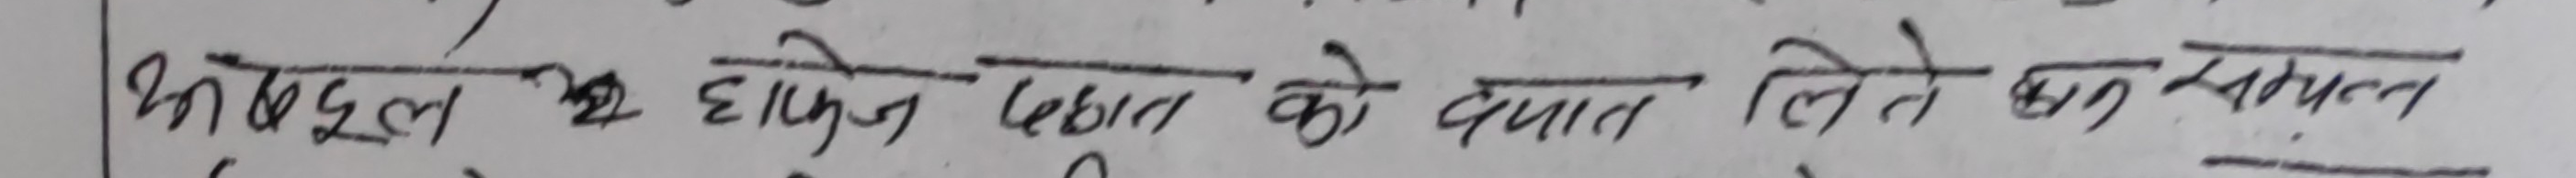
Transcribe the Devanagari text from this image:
कर्म बदुल २ हाफिज खाँन को दबाब लिने कुरा न्यलत